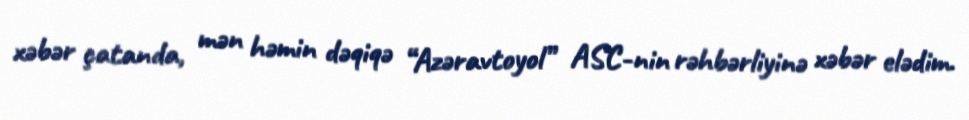
xəbər çatanda, mən həmin dəqiqə “Azəravtoyol” ASC-nin rəhbərliyinə xəbər elədim.